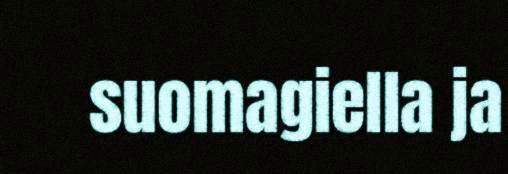
suomagiella ja